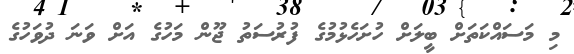
މި މަސައްކަތަށް ބީލަށް ހުށަހެޅުމުގެ ފުރުސަތު ޖޫން މަހުގެ އަށް ވަނަ ދުވަހުގެ